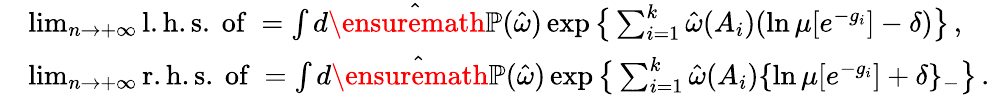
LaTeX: \begin{array}{rl}&{\operatorname*{lim}_{n\to+\infty}\mathrm{l.h.s.~of~}=\int d\hat{\ensuremath{\mathbb P}}(\hat{\omega})\exp\big\{ \sum_{i=1}^{k}\hat{\omega}(A_{i})(\ln\mu[e^{-g_{i}}]-\delta)\big\} \, ,}\\ &{\operatorname*{lim}_{n\to+\infty}\mathrm{r.h.s.~of~}=\int d\hat{\ensuremath{\mathbb P}}(\hat{\omega})\exp\big\{ \sum_{i=1}^{k}\hat{\omega}(A_{i})\{ \ln\mu[e^{-g_{i}}]+\delta\} _{-}\big\} \, .}\end{array}